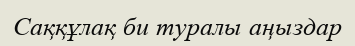
Саққұлақ би туралы аңыздар